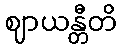
ဈာယန္တီတိ